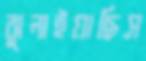
ঝুলাইয়াছিস